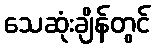
သေဆုံးချိန်တွင်